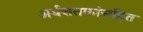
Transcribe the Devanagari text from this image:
अर्धशतकांसहित